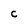
Character: C